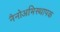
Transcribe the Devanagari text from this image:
नैनोअभिस्थापक